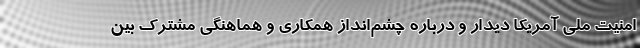
امنیت ملی آمریکا دیدار و درباره چشم‌انداز همکاری و هماهنگی مشترک بین